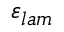
\varepsilon _ { l a m }